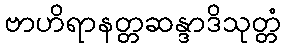
ဗာဟိရာနတ္တဆန္ဒာဒိသုတ္တံ